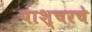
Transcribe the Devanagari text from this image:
पाश्चरचे